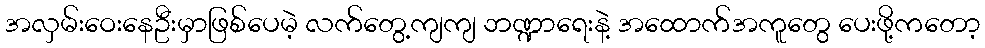
အလှမ်းဝေးနေဦးမှာဖြစ်ပေမဲ့ လက်တွေ့ကျကျ ဘဏ္ဍာရေးနဲ့ အထောက်အကူတွေ ပေးဖို့ကတော့